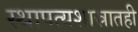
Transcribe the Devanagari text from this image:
स्थापत्यशास्रातही